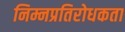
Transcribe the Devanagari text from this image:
निम्नप्रतिरोधकता